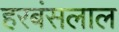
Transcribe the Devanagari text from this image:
हरबंसलाल